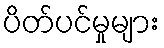
ပိတ်ပင်မှုများ